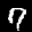
Digit: 7